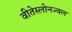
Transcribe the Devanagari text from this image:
वीतेस्लोनज्वल